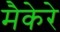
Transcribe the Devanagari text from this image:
मैकेरे